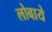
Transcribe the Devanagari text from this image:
लोबाये